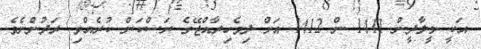
އަކީ މީލާދީން 1411 ން 1412 އަށް ދިވެހިރާއްޖޭގެ ރަސްކަން ކުރެއްވި ރަދުންނެވެ.